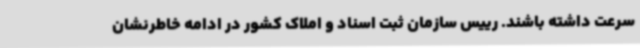
سرعت داشته باشند. رییس سازمان ثبت اسناد و املاک کشور در ادامه خاطرنشان